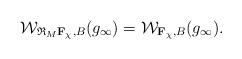
LaTeX: \begin{align*} \mathcal W_{\mathfrak R_M\mathbf F_{\chi}, B}(g_{\infty}) = \mathcal W_{\mathbf F_{\chi}, B}(g_{\infty}). \end{align*}